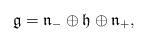
LaTeX: \begin{align*}\mathfrak{g} = \mathfrak{n}_{-} \oplus \mathfrak{h} \oplus \mathfrak{n}_{+},\end{align*}